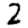
Digit: 2